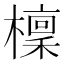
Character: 檁